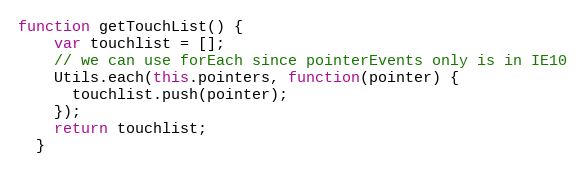
Language: JavaScript
function getTouchList() {
    var touchlist = [];
    // we can use forEach since pointerEvents only is in IE10
    Utils.each(this.pointers, function(pointer) {
      touchlist.push(pointer);
    });
    return touchlist;
  }